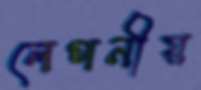
লেপনীয়